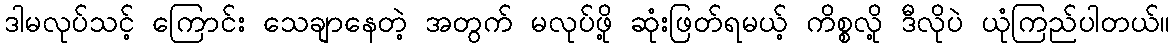
ဒါမလုပ်သင့် ကြောင်း သေချာနေတဲ့ အတွက် မလုပ်ဖို့ ဆုံးဖြတ်ရမယ့် ကိစ္စလို့ ဒီလိုပဲ ယုံကြည်ပါတယ်။